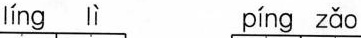
líng lì píng zǎo